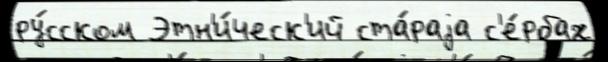
ру́сском Этн'и́ческ'ий ста́раjа с'е́рбах